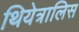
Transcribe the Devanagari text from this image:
थियेत्रालिस